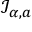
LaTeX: { \mathcal { I } } _ { \alpha , a }